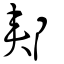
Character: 郟